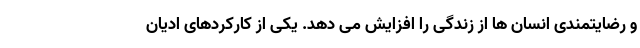
و رضایتمندی انسان ها از زندگی را افزایش می دهد. یکی از کارکردهای ادیان